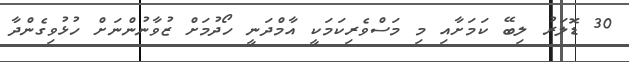
30 ޑޮލަރު ލިބޭ ކަމަށާއި މި މަސްވެރިކަމަކީ އާމްދަނީ ހޯދުމަށް ޒުވާނުންނަށް ހުޅުވިގެންދާ